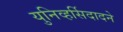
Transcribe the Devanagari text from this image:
युनिव्हर्सिदादने